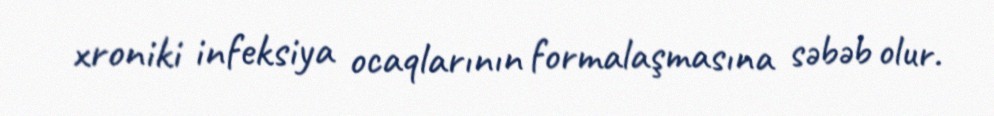
xroniki infeksiya ocaqlarının formalaşmasına səbəb olur.